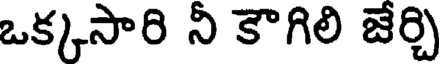
ఒక్కసారి నీ కౌగిలి జేర్చి